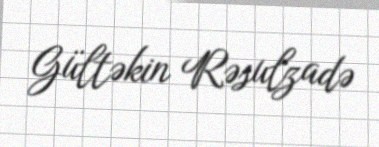
Gültəkin Rəsulzadə